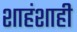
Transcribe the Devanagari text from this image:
शाहंशाही